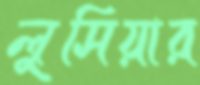
লুসিয়ার